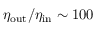
\eta _ { \mathrm { o u t } } / \eta _ { \mathrm { i n } } \sim 1 0 0